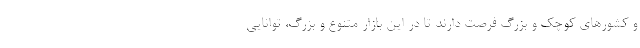
و کشورهای کوچک و بزرگ فرصت دارند تا در این بازار متنوع و بزرگ، توانایی